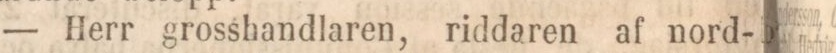
— Herr grosshandlaren, riddaren af nord-